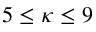
5 \leq \kappa \leq 9